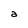
Character: a